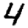
Digit: 4